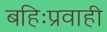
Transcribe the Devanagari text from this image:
बहिःप्रवाही